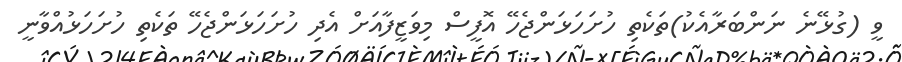
ވީ (ގުޅޭނެ ނަންބަރާއެކު)ތަކެތި ހުށަހަޅަންޖެހޭ އޮފީސް މިވަޒީފާއަށް އެދި ހުށަހަޅަންޖެހޭ ތަކެތި ހުށަހަޅުއްވާނީ